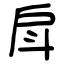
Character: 戽